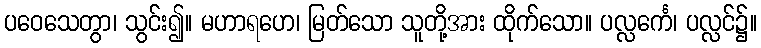
ပဝေသေတွာ၊ သွင်း၍။ မဟာရဟေ၊ မြတ်သော သူတို့အား ထိုက်သော။ ပလ္လင်္ကေ၊ ပလ္လင်၌။